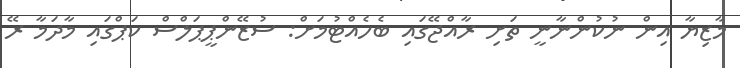
މާޒިޔާ އިން ނުކުންނާނީ ތަށި ރާއްޖޭގައި ބެހެއްޓުމަށް: ސުޒޭންޕީޕަލްސް ކަޕްގައި މާދަމާ ރޭ